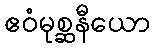
ဧဝံမုစ္ဆနီယော